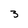
Character: 3